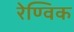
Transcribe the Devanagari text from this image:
रेण्विक